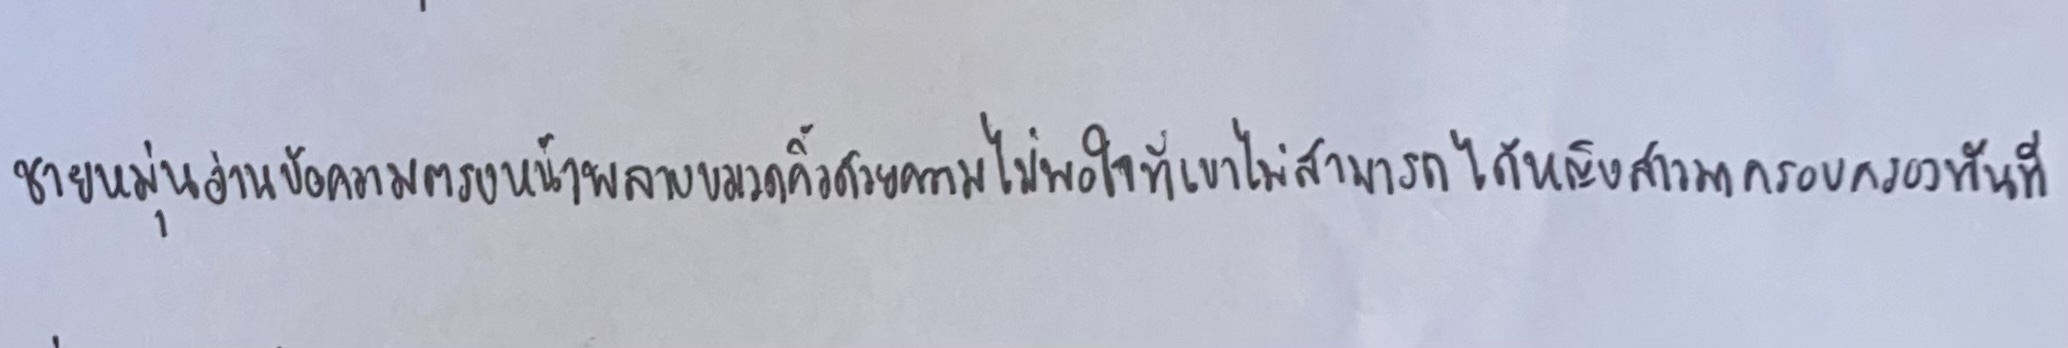
ชายหนุ่มอ่านข้อความตรงหน้าพลางขมวดคิ้วด้วยความไม่พอใจที่เขาไม่สามารถได้หญิงสาวมาครอบครองทันที